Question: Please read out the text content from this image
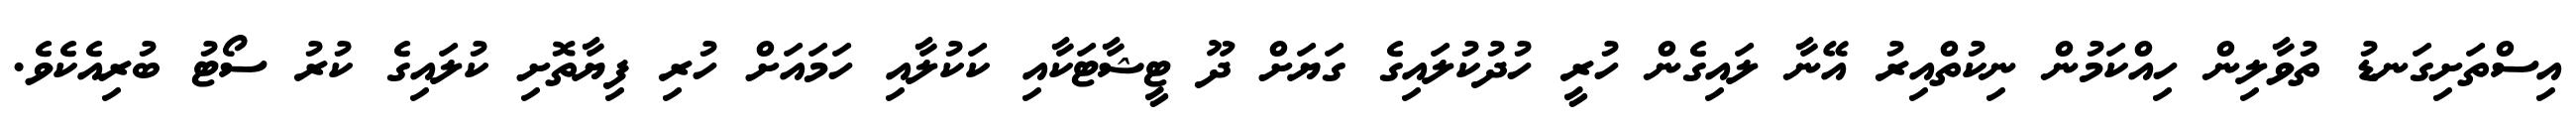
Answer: އިސްތަށިގަނޑު ތުވާލިން ހިއްކަމުން ނިކުތްއިރު އޭނާ ލައިގެން ހުރީ ހުދުކުލައިގެ ގަޔަށް ދޫ ޓީޝާޓަކާއި ކަކުލާއި ހަމައަށް ހުރި ފިޔާތޮށި ކުލައިގެ ކުރު ސޯޓު ބުރިއެކެވެ.